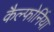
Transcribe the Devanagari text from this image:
कैल्फोर्निया